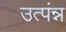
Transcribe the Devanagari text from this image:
उत्पंन्न